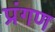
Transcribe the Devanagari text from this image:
प्रंगण